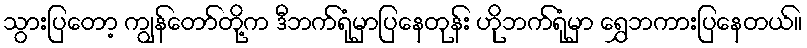
သွားပြတော့ ကျွန်တော်တို့က ဒီဘက်ရုံမှာပြနေတုန်း ဟိုဘက်ရုံမှာ ရွှေဘကားပြနေတယ်။